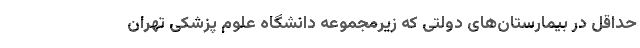
حداقل در بیمارستان‌های دولتی که زیرمجموعه دانشگاه علوم پزشکی تهران